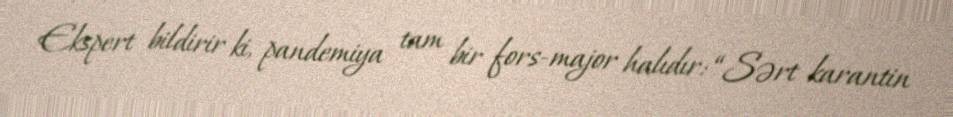
Ekspert bildirir ki, pandemiya tam bir fors-major halıdır: “Sərt karantin